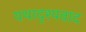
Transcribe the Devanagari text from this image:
यथादृश्यवाद